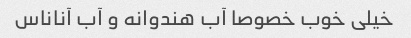
خیلی‌ خوب خصوصا آب هندوانه و آب آناناس